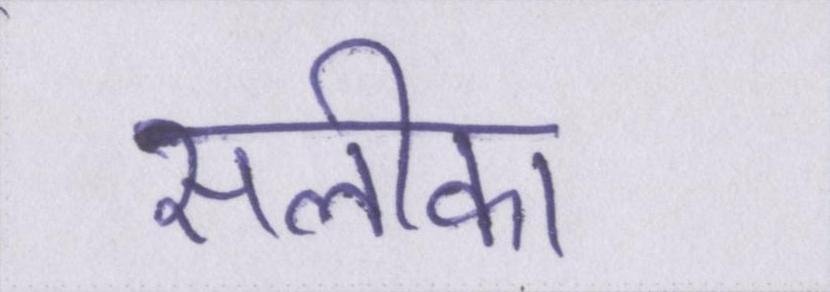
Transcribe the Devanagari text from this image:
सलीका